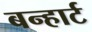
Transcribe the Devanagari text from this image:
बन्हार्ट